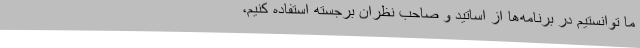
ما توانستیم در برنامه‌ها از اساتید و صاحب نظران برجسته استفاده کنیم،